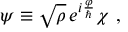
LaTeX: \psi \equiv \sqrt { \rho } \, e ^ { i \frac \varphi \hbar } \chi \ ,